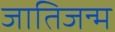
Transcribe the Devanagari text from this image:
जातिजन्म